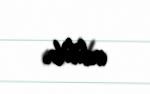
edilib.